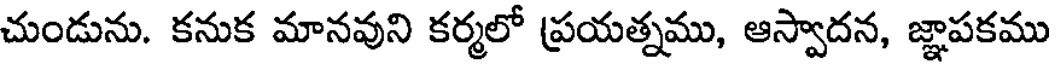
చుండును. కనుక మానవుని కర్మలో ప్రయత్నము, ఆస్వాదన, జ్ఞాపకము